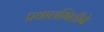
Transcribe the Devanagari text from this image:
प्रवालभित्तीने